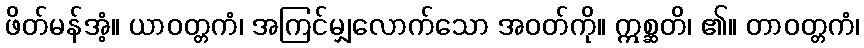
ဖိတ်မန်အံ့။ ယာဝတ္တကံ၊ အကြင်မျှလောက်သော အဝတ်ကို။ ဣစ္ဆတိ၊ ၏။ တာဝတ္တကံ၊